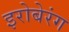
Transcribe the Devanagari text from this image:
इरोबेरंग